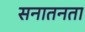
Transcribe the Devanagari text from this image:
सनातनता